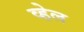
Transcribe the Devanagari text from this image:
व्‍हेल